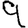
Digit: 9